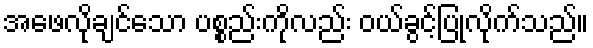
အဖေလိုချင်သော ပစ္စည်းကိုလည်း ဝယ်ခွင့်ပြုလိုက်သည်။